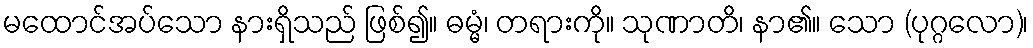
မထောင်အပ်သော နားရှိသည် ဖြစ်၍။ ဓမ္မံ၊ တရားကို။ သုဏာတိ၊ နာ၏။ သော (ပုဂ္ဂလော)၊